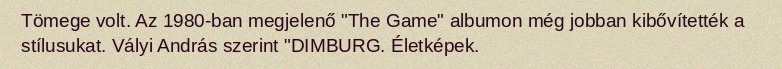
Tömege volt. Az 1980-ban megjelenő "The Game" albumon még jobban kibővítették a stílusukat. Vályi András szerint "DIMBURG. Életképek.